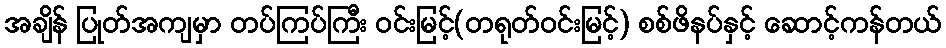
အချိန် ပြုတ်အကျမှာ တပ်ကြပ်ကြီး ဝင်းမြင့်(တရုတ်ဝင်းမြင့်) စစ်ဖိနပ်နှင့် ဆောင့်ကန်တယ်